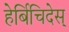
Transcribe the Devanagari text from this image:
हेर्बिचिदेस्